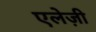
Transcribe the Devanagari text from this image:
एलेज़ी